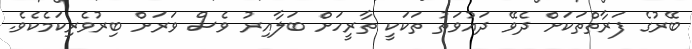
ބޭރުގެ ފަރާތްތަކަށް ދެވޭ ދައުވަތު ތަކަކީ ތާރީހަށް ބަލާއިރު ވެސް ވަރަށް ބިރުވެރިކަމެކެވެ.